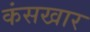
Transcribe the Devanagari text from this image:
कंसखार